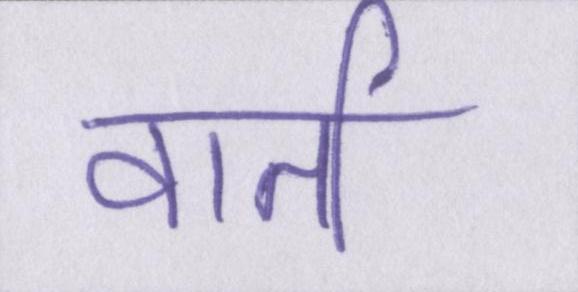
वार्ता